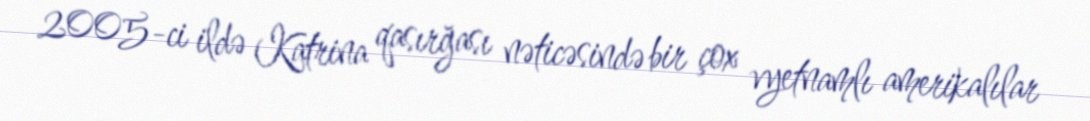
2005-ci ildə Katrina qasırğası nəticəsində bir çox vyetnamlı amerikalılar